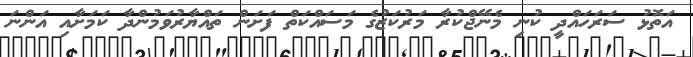
އަތޮޅު ސަރަހައްދީ ކުނި މެނޭޖްކުރާ މަރުކަޒުގެ މަސައްކަތް ފަށަން ތައްޔާރުވަމުންދާ ކަމަށާއި އަންނަ